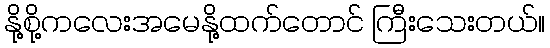
နို့စို့ကလေးအမေနို့ထက်တောင် ကြီးသေးတယ်။